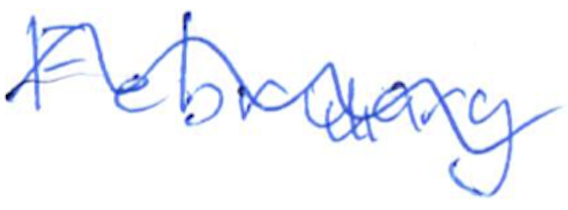
Text: February
Cross-out: wave
Writing tool: ballpoint